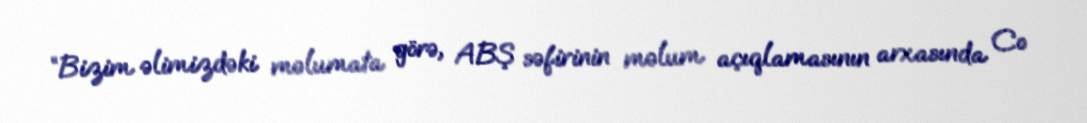
“Bizim əlimizdəki məlumata görə, ABŞ səfirinin məlum açıqlamasının arxasında Co